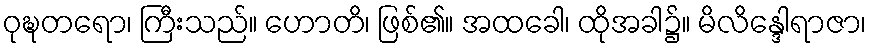
ဝုဍ္ဎတရော၊ ကြီးသည်။ ဟောတိ၊ ဖြစ်၏။ အထခေါ၊ ထိုအခါ၌။ မိလိန္ဒေါရာဇာ၊